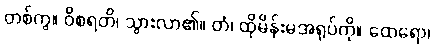
တစ်ကွ။ ဝိစရတိ၊ သွားလာ၏။ တံ၊ ထိုမိန်းမအရုပ်ကို။ ထေရော၊